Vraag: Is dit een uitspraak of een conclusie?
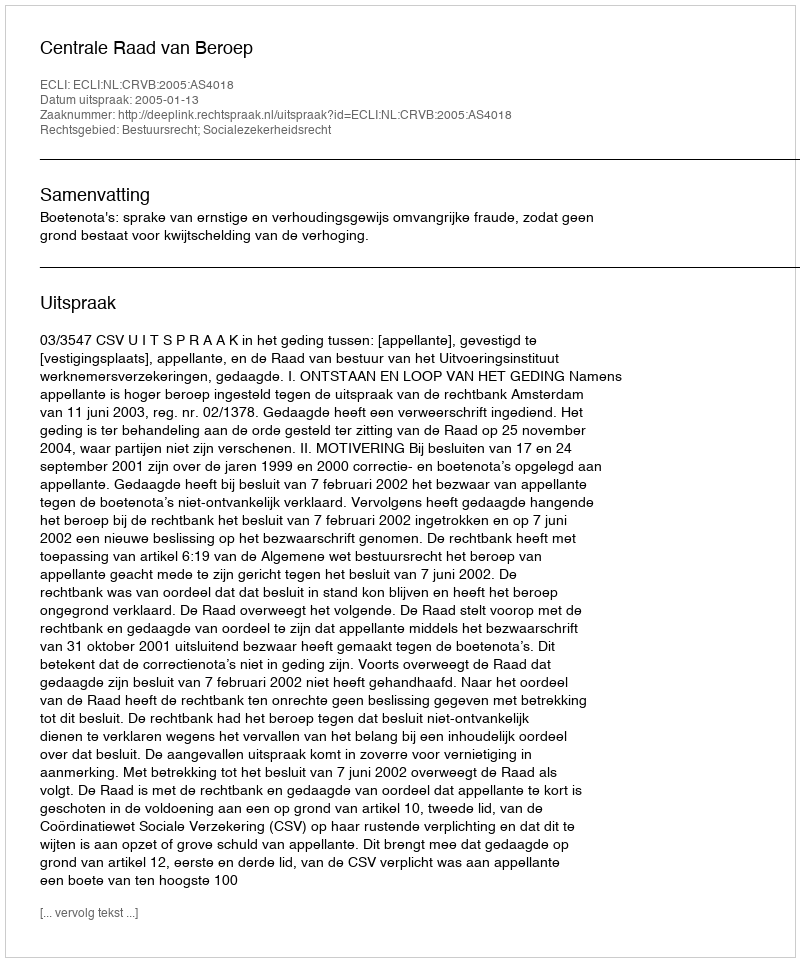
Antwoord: Uitspraak